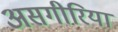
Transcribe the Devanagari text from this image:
असगीरिया